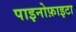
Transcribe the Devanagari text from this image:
पाइनोफ़ाइटा